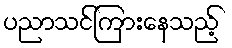
ပညာသင်ကြားနေသည့်